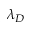
\lambda _ { D }